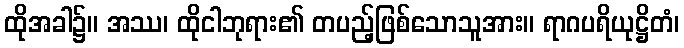
ထိုအခါ၌။ အဿ၊ ထိုငါဘုရား၏ တပည့်ဖြစ်သောသူအား။ ရာဂပရိယုဋ္ဌိတံ၊